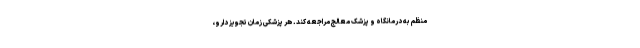
منظم به درمانگاه و پزشک معالج مراجعه کند. هر پزشکی زمان تجویز دارو،